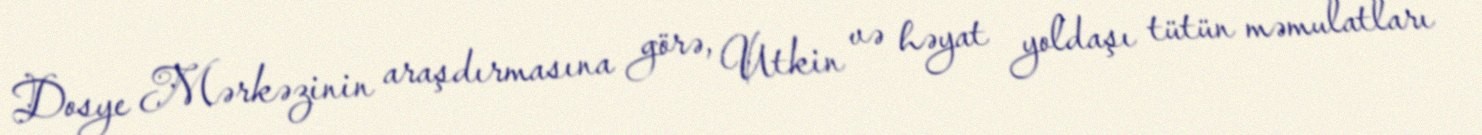
Dosye Mərkəzinin araşdırmasına görə, Utkin və həyat yoldaşı tütün məmulatları